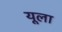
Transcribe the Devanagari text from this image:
यूला